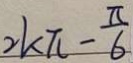
2 k \pi - \frac { \pi } { 6 }